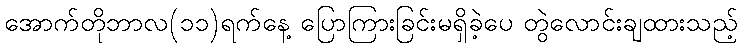
အောက်တိုဘာလ(၁၁)ရက်နေ့ ပြောကြားခြင်းမရှိခဲ့ပေ တွဲလောင်းချထားသည့်